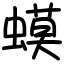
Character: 蟆